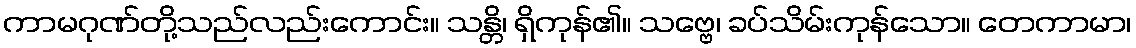
ကာမဂုဏ်တို့သည်လည်းကောင်း။ သန္တိ၊ ရှိကုန်၏။ သဗ္ဗေ၊ ခပ်သိမ်းကုန်သော။ တေကာမာ၊